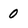
Character: 0